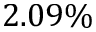
2 . 0 9 \%